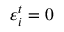
\varepsilon _ { i } ^ { t } = 0